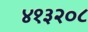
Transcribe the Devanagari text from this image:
४१३२०८